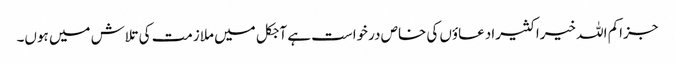
جزاکم اللہ خیرا کثیرا دعاؤں کی خاص درخواست ہے آجکل میں ملازمت کی تلاش میں ہوں۔